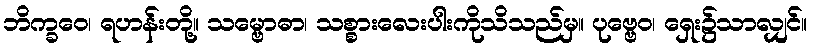
ဘိက္ခဝေ၊ ရဟန်းတို့။ သမ္ဗောဓာ၊ သစ္စားလေးပါးကိုသိသည်မှ။ ပုဗ္ဗေဝ၊ ရှေး၌သာလျှင်။